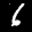
Label: 6